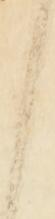
ら